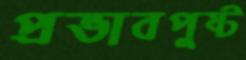
প্রভাবপুষ্ট